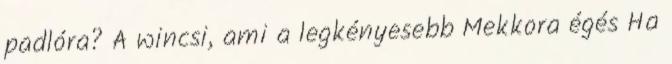
padlóra? A wincsi, ami a legkényesebb Mekkora égés Ha